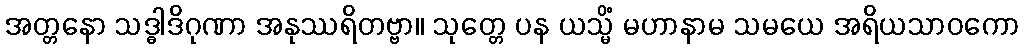
အတ္တနော သဒ္ဓါဒိဂုဏာ အနုဿရိတဗ္ဗာ။ သုတ္တေ ပန ယသ္မိံ မဟာနာမ သမယေ အရိယသာဝကော